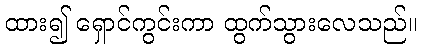
ထား၍ ရှောင်ကွင်းကာ ထွက်သွားလေသည်။